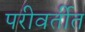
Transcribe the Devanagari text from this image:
परीवर्तीत